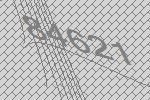
84621